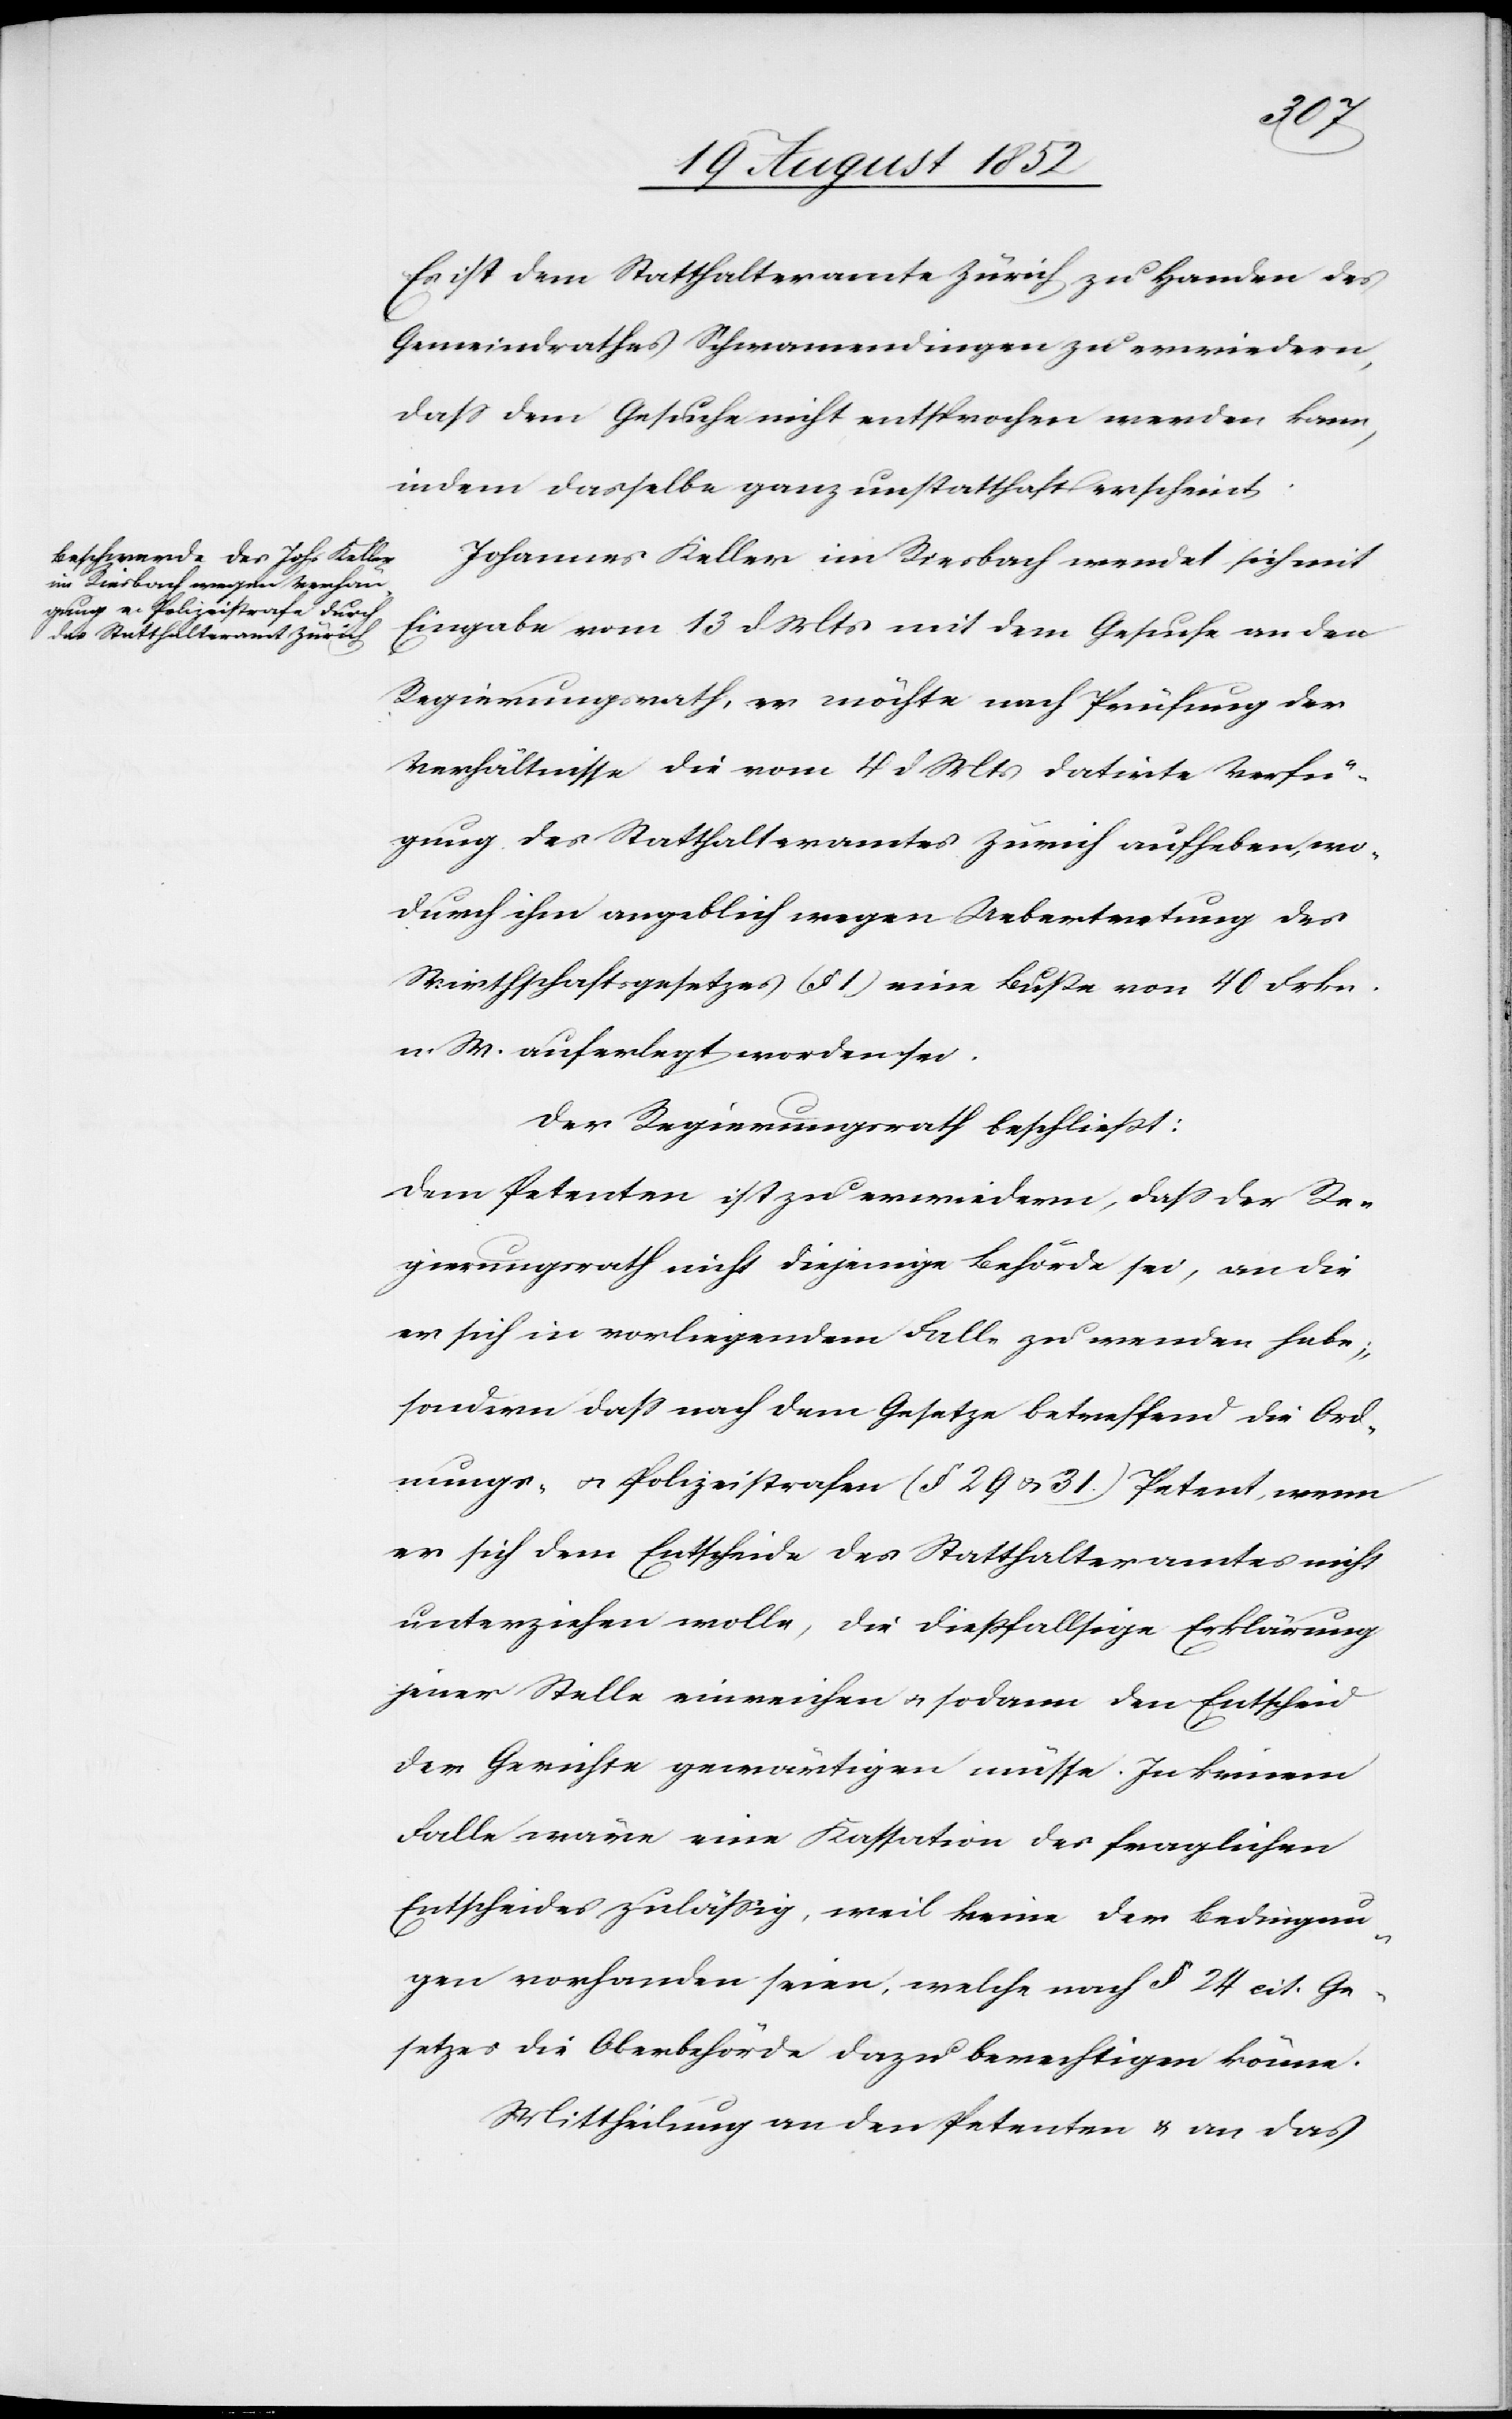
Es ist dem Statthalteramte Zürich zu Handen des
Gemeindrathes Schwamendingen zu erwiedern,
dass dem Gesuche nicht entsprochen werden kann,
indem dasselbe ganz unstatthaft erscheint.
Johannes Keller im Riesbach wendet sich mit
Eingabe vom 13 d Mts mit dem Gesuche an den
Regierungsrath, er möchte nach Prüfung der
Verhältnisse die vom 4 d Mts datirte Verfü¬
gung des Statthalteramtes Zürich aufheben, wo¬
durch ihm angeblich wegen Uebertretung des
Wirthschaftsgesetzes (§ 1) eine Buße von 40 Frkn.
n. W. auferlegt worden sei.
Der Regierungsrath beschließt:
Dem Petenten ist zu erwiedern, dass der Re¬
gierungsrath nicht diejenige Behörde sei, an die
er sich in vorliegendem Falle zu wenden habe;
sondern dass nach dem Gesetze betreffend die Ord¬
nungs- & Polizeistrafen (§ 29 & 31.) Petent, wenn
er sich dem Entscheide des Statthalteramtes nicht
unterziehen wolle, die dießfallsige Erklärung
jener Stelle einreichen & sodann den Entscheid
der Gerichte gewärtigen müsse. In keinem
Falle wäre eine Kassation des fraglichen
Entscheides zulässig, weil keine der Bedingun¬
gen vorhanden seien, welche nach § 24 cit. Ge¬
setzes die Oberbehörde dazu berechtigen könne.
Mittheilung an den Petenten & an das